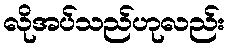
လိုအပ်သည်ဟုလည်း